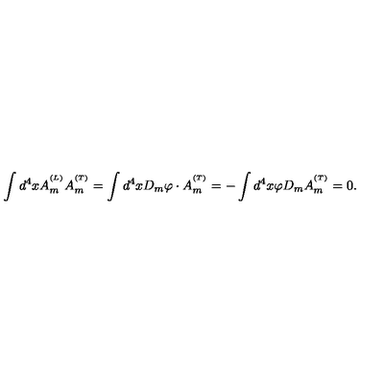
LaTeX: \int d ^ { 4 } x A _ { m } ^ { ^ { ( L ) } } A _ { m } ^ { ^ { ( T ) } } = \int d ^ { 4 } x D _ { m } \varphi \cdot A _ { m } ^ { ^ { ( T ) } } = - \int d ^ { 4 } x \varphi D _ { m } A _ { m } ^ { ^ { ( T ) } } = 0 .